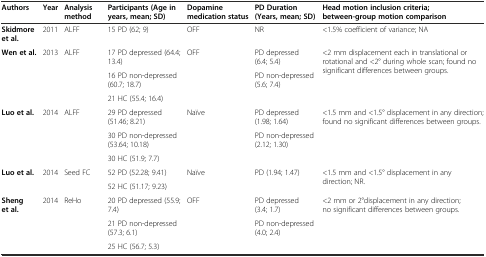
<table><thead><tr><td><b>Authors</b></td><td><b>Year</b></td><td><b>Analysis method</b></td><td><b>Participants (Age in years, mean; SD)</b></td><td><b>Dopamine medication status</b></td><td><b>PD Duration (Years, mean; SD)</b></td><td><b>Head motion inclusion criteria; between-group motion comparison</b></td></tr></thead><tbody><tr><td><b>Skidmore et al.</b></td><td>2011</td><td>ALFF</td><td>15 PD (62; 9)</td><td>OFF</td><td>NR</td><td>&lt;1.5% coefficient of variance; NA</td></tr><tr><td rowspan="3"><b>Wen et al.</b></td><td rowspan="3">2013</td><td rowspan="3">ALFF</td><td>17 PD depressed (64.4; 13.4)</td><td rowspan="3">OFF</td><td>PD depressed (6.4; 5.4)</td><td rowspan="3">&lt;2 mm displacement each in translational or rotational and &lt;2° during whole scan; found no significant differences between groups.</td></tr><tr><td>16 PD non-depressed (60.7; 18.7)</td><td rowspan="2">PD non-depressed (5.6; 7.4)</td></tr><tr><td>21 HC (55.4; 16.4)</td></tr><tr><td rowspan="3"><b>Luo et al.</b></td><td rowspan="3">2014</td><td rowspan="3">ALFF</td><td>29 PD depressed (51.46; 8.21)</td><td rowspan="3">Naïve</td><td>PD depressed (1.98; 1.64)</td><td rowspan="3">&lt;1.5 mm and &lt;1.5° displacement in any direction; found no significant differences between groups.</td></tr><tr><td>30 PD non-depressed (53.64; 10.18)</td><td rowspan="2">PD non-depressed (2.12; 1.30)</td></tr><tr><td>30 HC (51.9; 7.7)</td></tr><tr><td rowspan="2"><b>Luo et al.</b></td><td rowspan="2">2014</td><td rowspan="2">Seed FC</td><td>52 PD (52.28; 9.41)</td><td rowspan="2">Naïve</td><td rowspan="2">PD (1.94; 1.47)</td><td rowspan="2">&lt;1.5 mm and &lt;1.5° displacement in any direction; NR.</td></tr><tr><td>52 HC (51.17; 9.23)</td></tr><tr><td rowspan="3"><b>Sheng et al.</b></td><td rowspan="3">2014</td><td rowspan="3">ReHo</td><td>20 PD depressed (55.9; 7.4)</td><td rowspan="3">OFF</td><td>PD depressed (3.4; 1.7)</td><td rowspan="3">&lt;2 mm or 2°displacement in any direction; no significant differences between groups.</td></tr><tr><td>21 PD non-depressed (57.3; 6.1)</td><td rowspan="2">PD non-depressed (4.0; 2.4)</td></tr><tr><td>25 HC (56.7; 5.3)</td></tr></tbody></table>